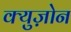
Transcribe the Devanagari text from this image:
क्युज़ोन